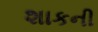
શાકની